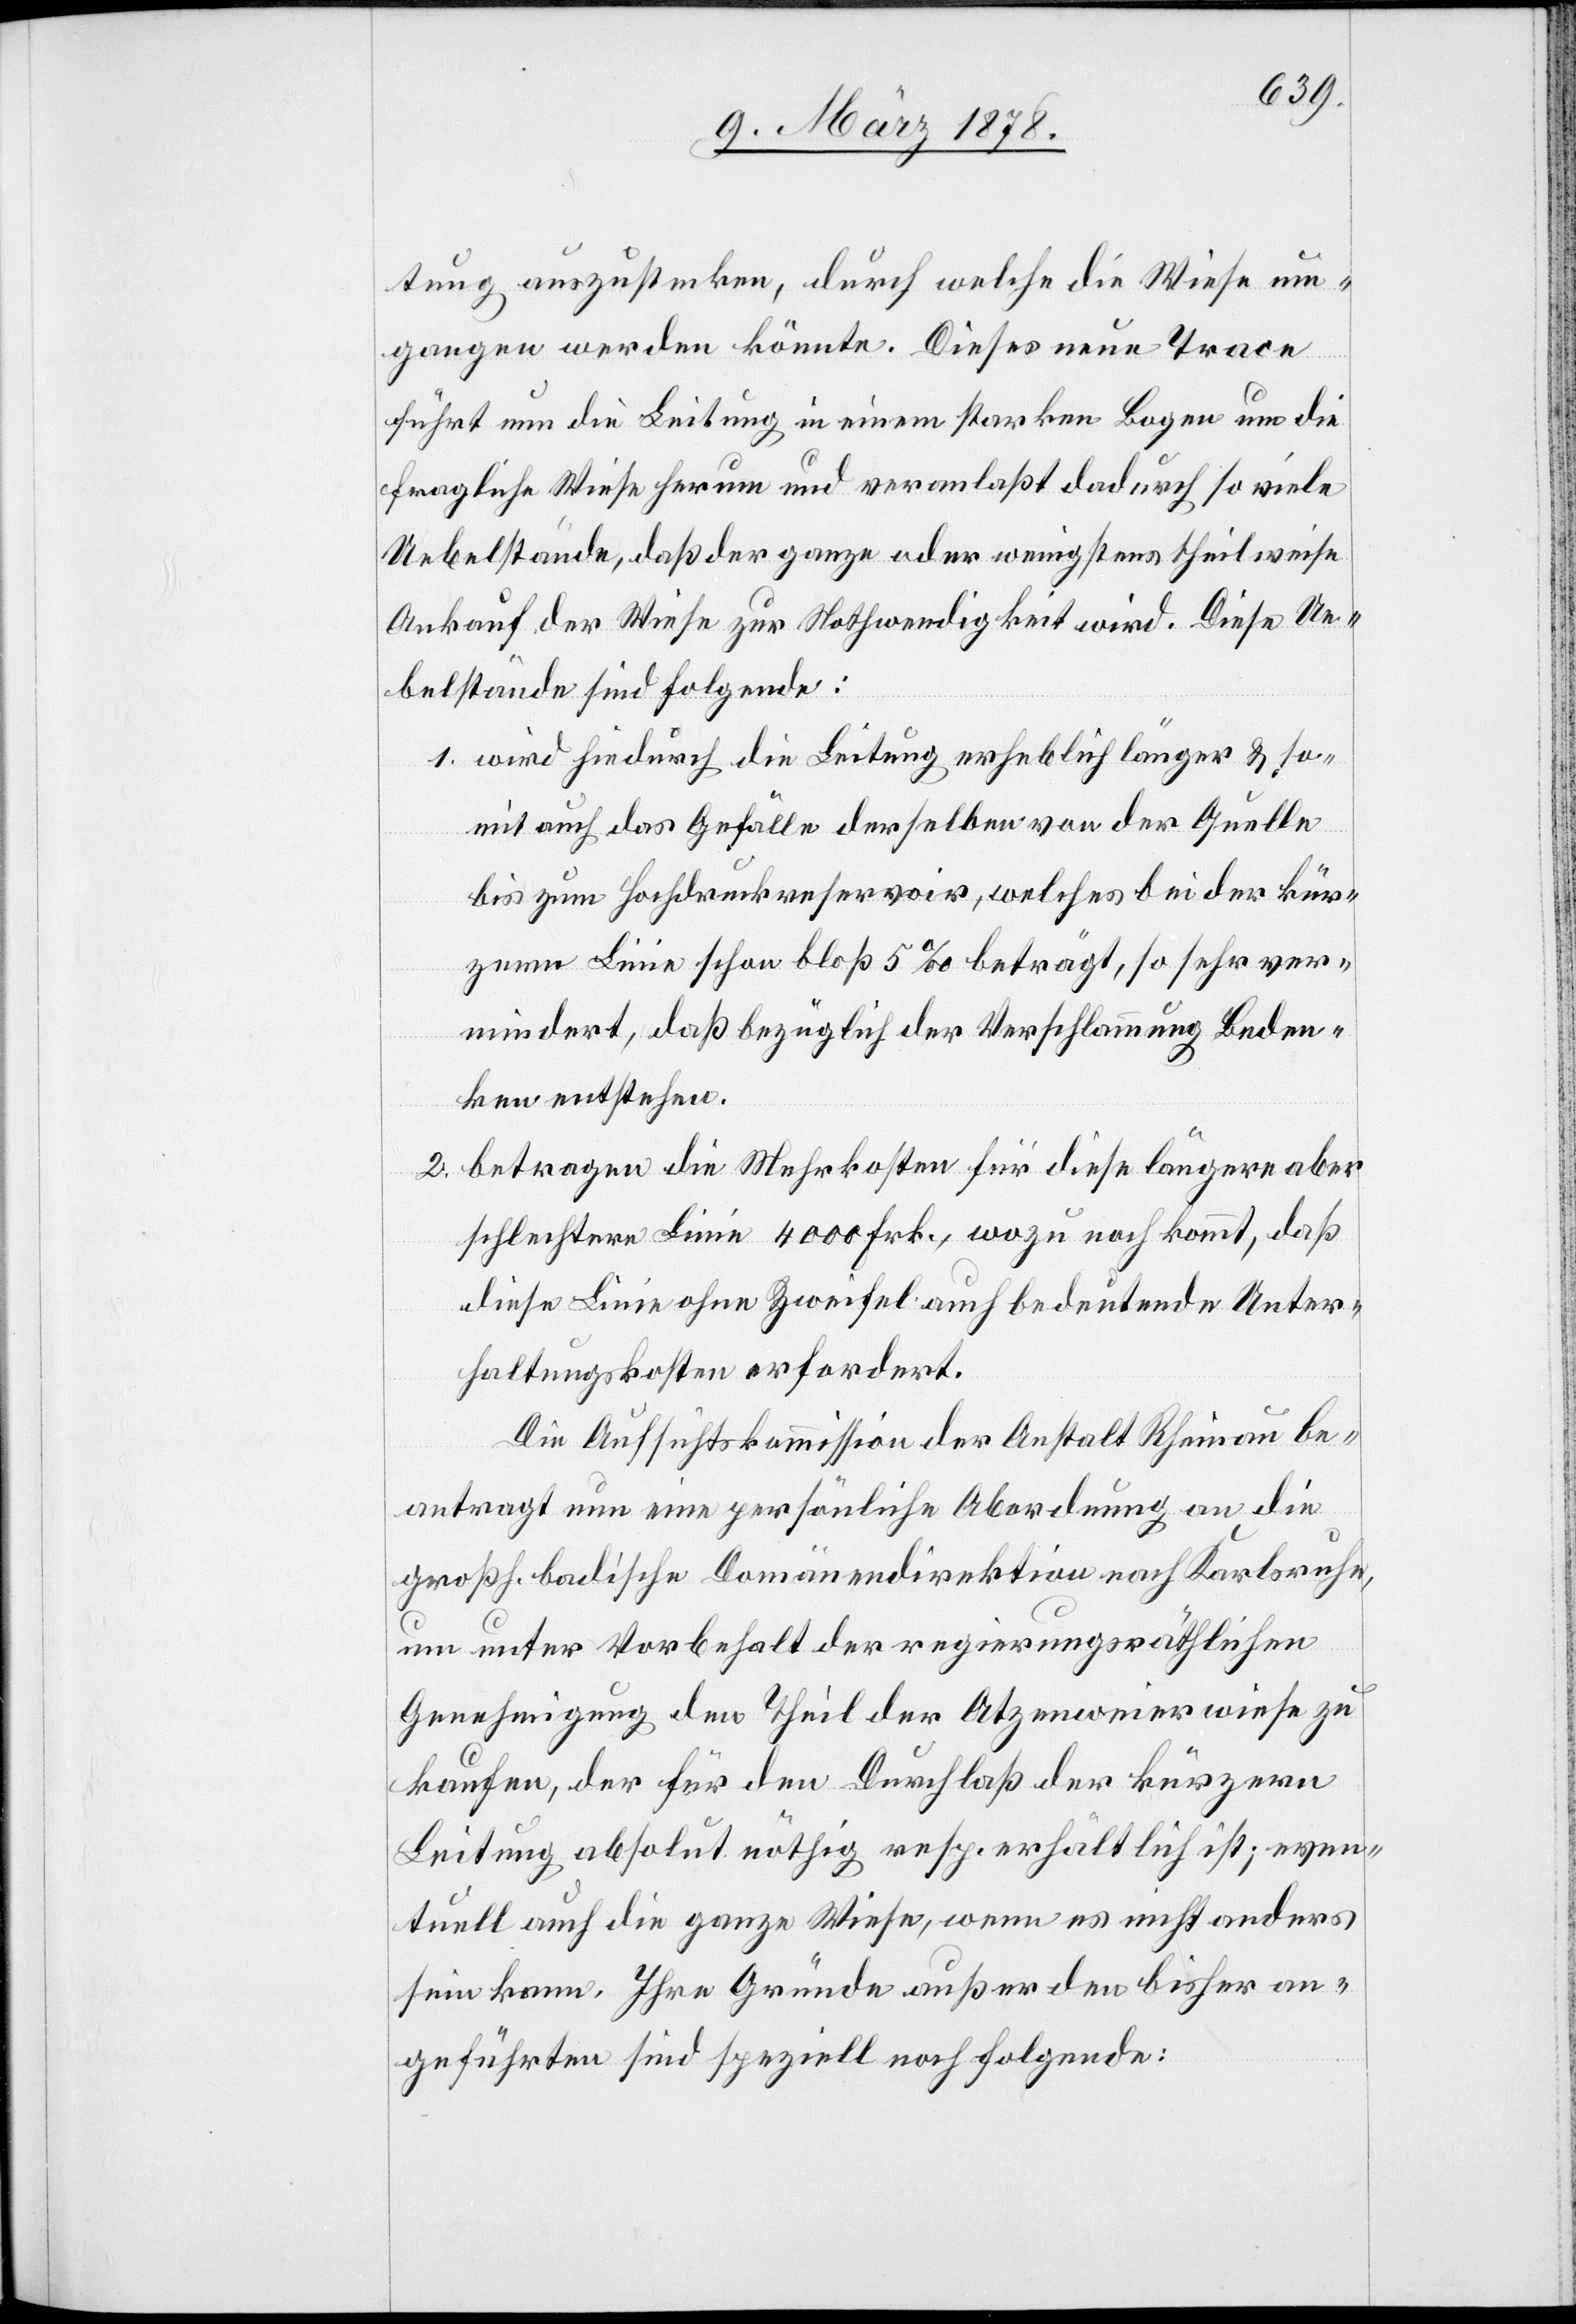
tung auszustecken, durch welche die Wiese um¬
gangen werden könnte. Dieses neue Trace
führt nun die Leitung in einem starken Bogen um die
fragliche Wiese herum und veranlaßt dadurch so viele
Uebelstände, daß der ganze oder wenigstens theilweise
Ankauf der Wiese zur Nothwendigkeit wird. Diese Ue¬
belstände sind folgende:
1. wird hiedurch die Leitung erheblich länger & so¬
mit auch das Gefälle derselben von der Quelle
bis zum Hochdruckreservoir, welches bei der kür¬
zern Linie schon bloß 5‰ beträgt, so sehr ver¬
mindert, daß bezüglich der Verschlammung Beden¬
ken entstehen.
2. betragen die Mehrkosten für diese längere aber
schlechtere Linie 4000 Frk., wozu noch kommt, daß
diese Linie ohne Zweifel auch bedeutende Unter¬
haltungskosten erfordert.
Die Aufsichtskommission der Anstalt Rheinau be¬
antragt nun eine persönliche Abordnung an die
großh. badische Domänendirektion nach Karlsruhe,
um unter Vorbehalt der regierungsräthlichen
Genehmigung den Theil der Atzenweierwiese zu
kaufen, der für den Durchlaß der kürzern
Leitung absolut nöthig resp. erhältlich ist; even¬
tuell auch die ganze Wiese, wenn es nicht anders
sein kann. Ihre Gründe außer den bisher an¬
geführten sind speziell noch folgende: